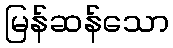
မြန်ဆန်သော